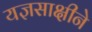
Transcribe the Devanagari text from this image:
यज्ञसाक्षीने